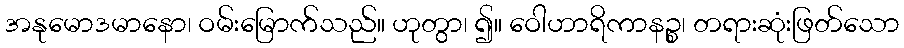
အနုမောဒမာနော၊ ဝမ်းမြောက်သည်။ ဟုတွာ၊ ၍။ ဝေါဟာရိကာနဉ္စ၊ တရားဆုံးဖြတ်သော